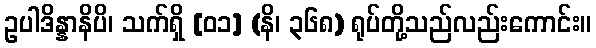
ဥပါဒိန္နာနိပိ၊ သက်ရှိ [၀၁] (နိ၊ ၃၆၈) ရုပ်တို့သည်လည်းကောင်း။